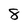
Character: 8